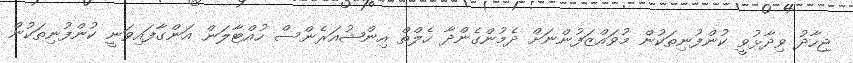
ޖިހާދު ވިދާޅުވީ ކުންފުނިތަކުން މުވައްޒަފުންނަށް ދެމުންގެންދާ ހެލްތް އިންޝުއަރެންސް ހުއްޓާލަން އަންގާފައިވަނީ ކުންފުނިތަކުން